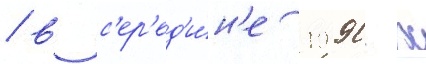
/ в с'ер'ед'и́н'е 1990-х